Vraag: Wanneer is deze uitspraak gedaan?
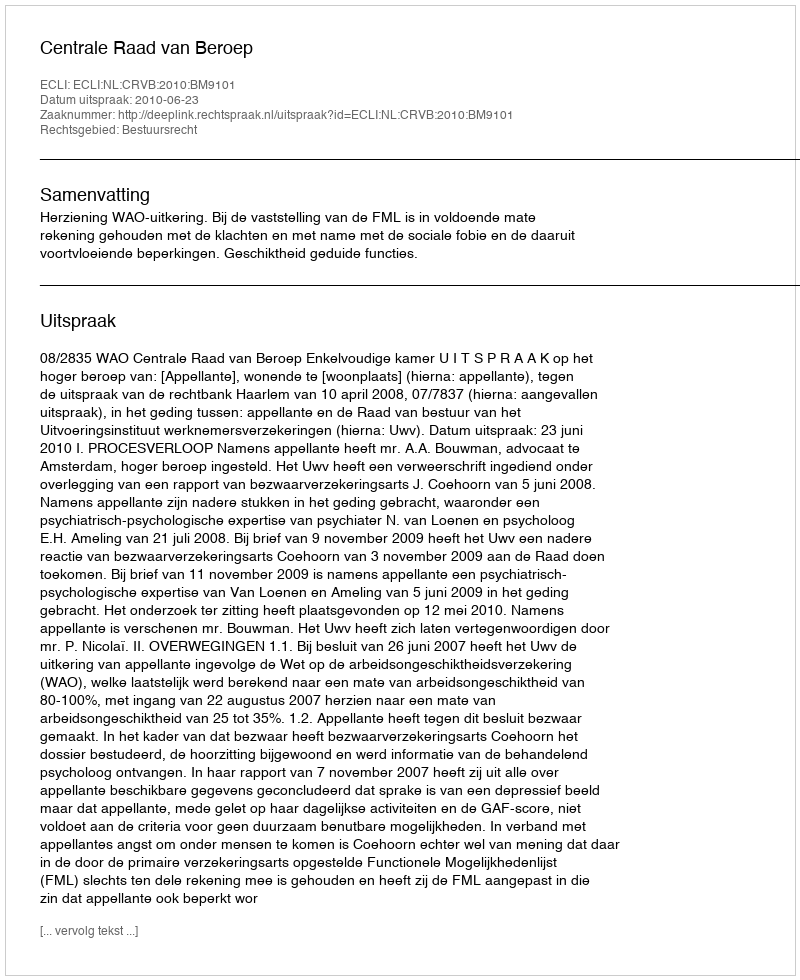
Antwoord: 2010-06-23